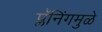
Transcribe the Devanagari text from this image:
प्लॅनिंगमुळे